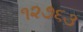
૧૨૭૬૩